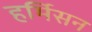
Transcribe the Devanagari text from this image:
हर्मिसन